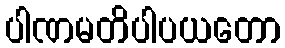
ပါဏမတိပါပယတော